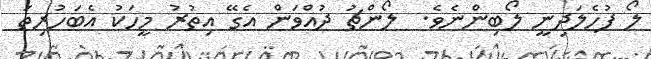
ލޯ ފުހެލަދިނީ ލޯބިންނެވެ.  ލޯންޗު ދުއްވަން އެގޭ އިތުރު މީހަކު އެބަހުރިތަ